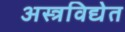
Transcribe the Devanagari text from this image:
अस्त्रविद्येत